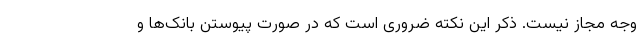
وجه مجاز نیست. ذکر این نکته ضروری است که در صورت پیوستن بانک‌ها و